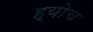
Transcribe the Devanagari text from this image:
ह्योच